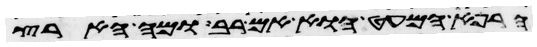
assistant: הרפא המעט הוא אם רב ומה הארץ